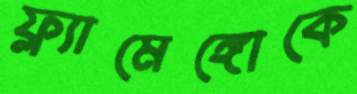
ফ্ল্যামেঙ্গোকে